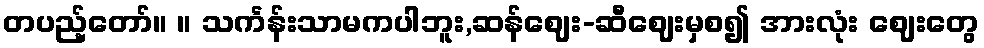
တပည့်တော်။ ။ သင်္ကန်းသာမကပါဘူး,ဆန်ဈေး-ဆီဈေးမှစ၍ အားလုံး ဈေးတွေ